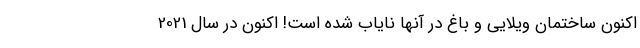
اکنون ساختمان ویلایی و باغ در آنها نایاب شده است! اکنون در سال 2021